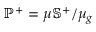
\mathbb { P } ^ { + } = \mu \mathbb { S } ^ { + } / \mu _ { g }